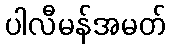
ပါလီမန်အမတ်